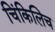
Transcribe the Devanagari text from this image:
चिंकिलिच